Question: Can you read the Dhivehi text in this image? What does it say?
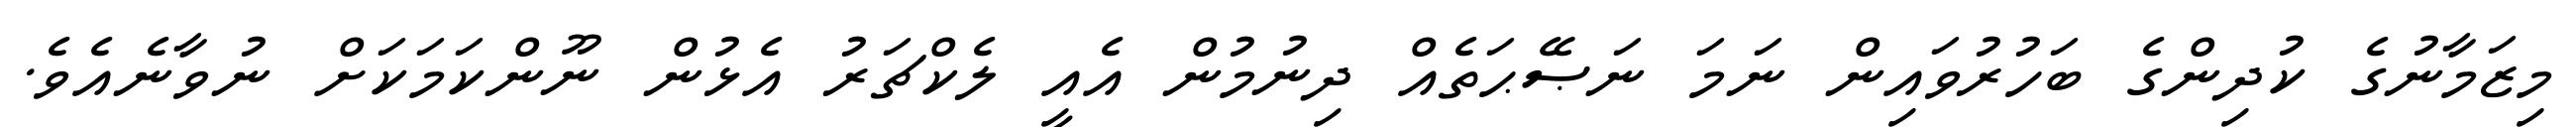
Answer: މިޒަމާނުގެ ކުދިންގެ ބަހުރުވައިން ނަމަ ނަޞޭޙަތެއް ދިނުމުން އެއީ ލެކްޗަރު އެޅުން ނޫންކަމަކަށް ނުވާނެއެވެ.